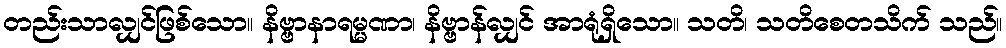
တည်းသာလျှင်ဖြစ်သော။ နိဗ္ဗာနာရမ္မဏာ၊ နိဗ္ဗာန်လျှင် အာရုံရှိသော။ သတိ၊ သတိစေတသိက် သည်။